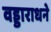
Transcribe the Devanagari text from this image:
वड्डाराधने